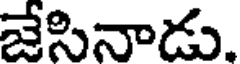
జేసినాడు.